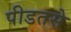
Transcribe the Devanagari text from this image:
पीडतसे